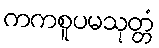
ကကစူပမသုတ္တံ